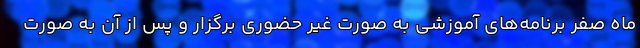
ماه صفر برنامه‌های آموزشی به صورت غیر حضوری برگزار و پس از آن به صورت